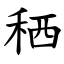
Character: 䄽